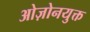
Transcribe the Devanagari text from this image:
ओज़ोनयुक्त